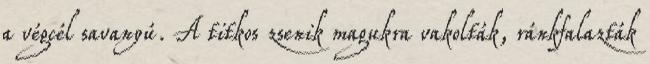
a végcél savanyú. A titkos zsenik magukra vakolták, ránkfalazták